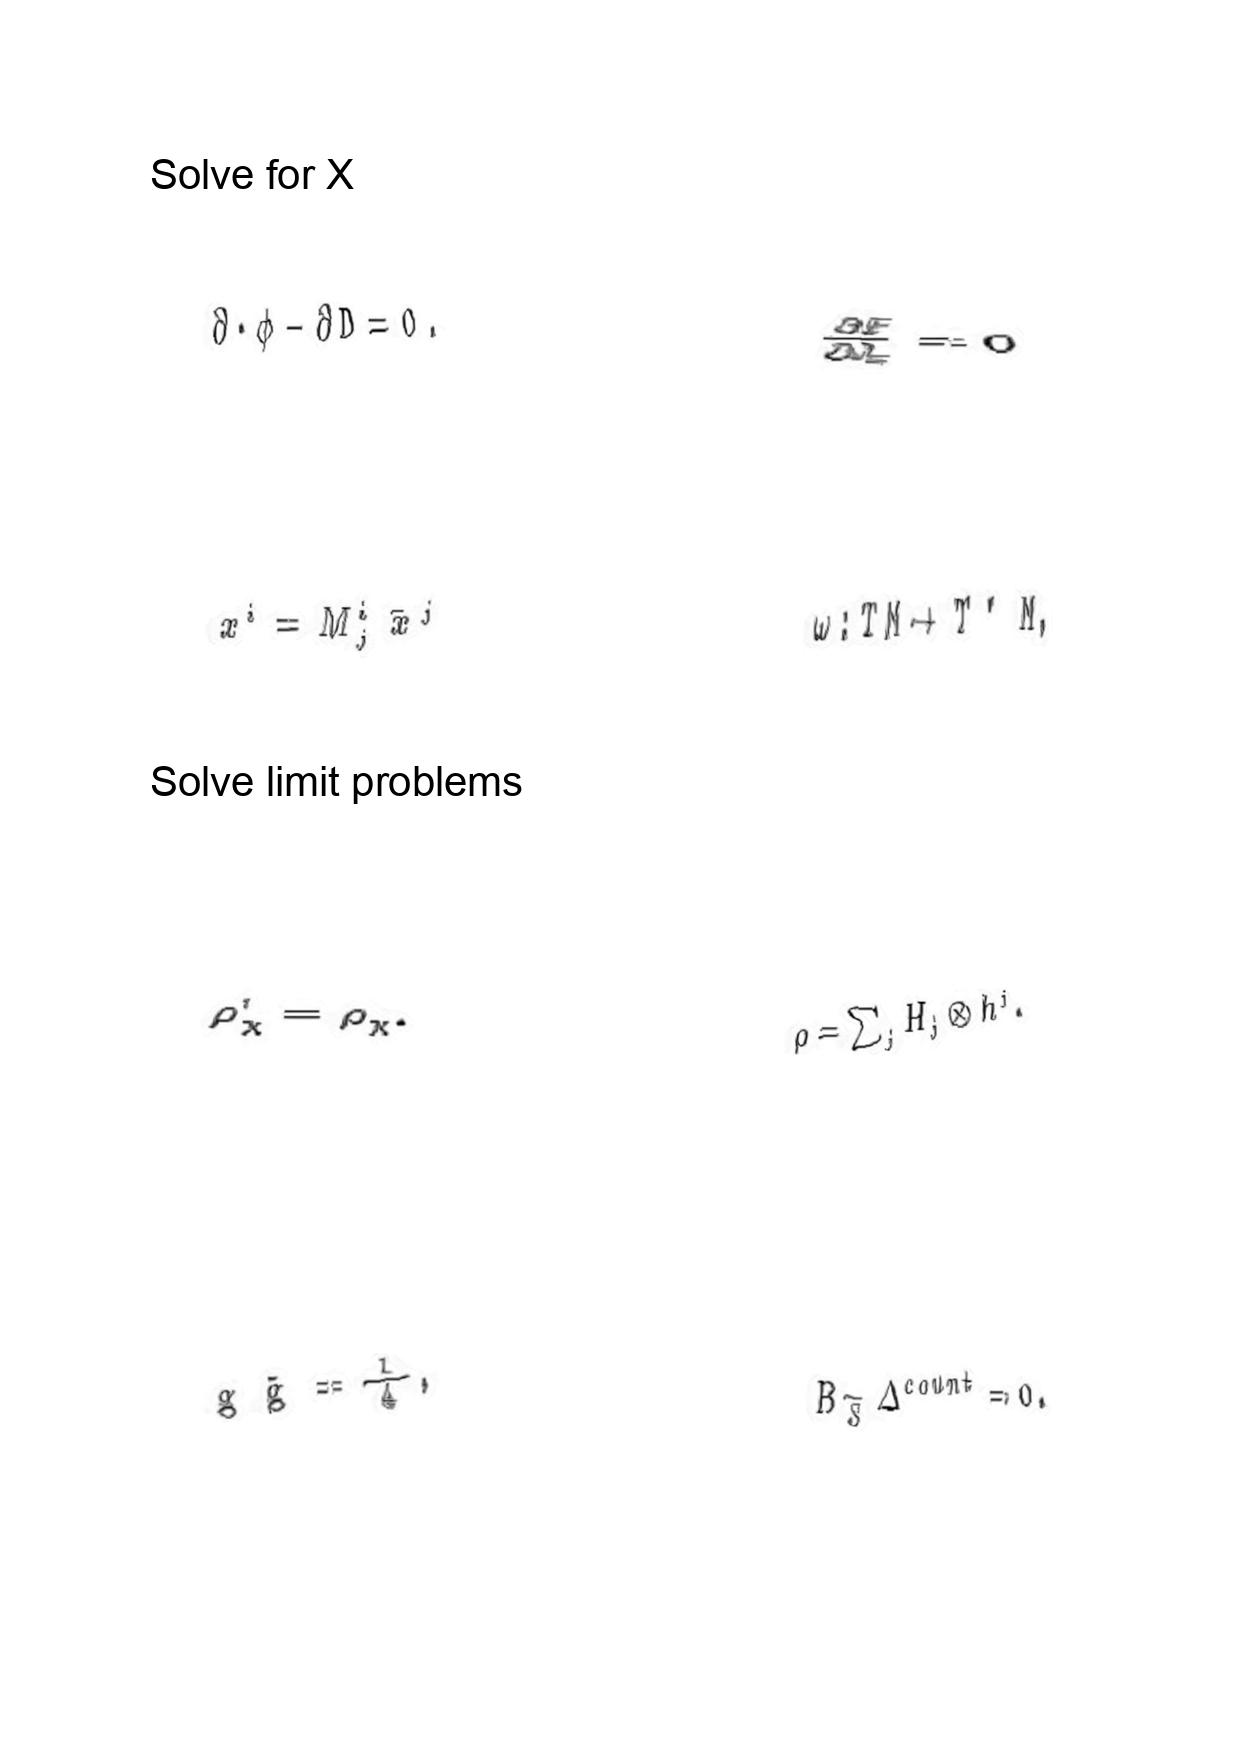
LaTeX transcription:
\partial \cdot \phi - \partial D = 0 .
x ^ { i } = M ^ { i } _ { j } \bar { x } ^ { j }
\rho _ { \chi } ^ { \prime } = \rho _ { \chi } .
g \tilde { g } = \frac { 1 } { 4 } ,
\frac { \partial \Phi } { \partial J _ { x } } = 0
\omega : T M \rightarrow T ^ { \ast } M ,
\rho = \sum _ { j } H _ { j } \otimes h ^ { j } .
B _ { \tilde { S } } \Delta ^ { c o u n t } = 0 .